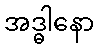
အဒ္ဓါနော